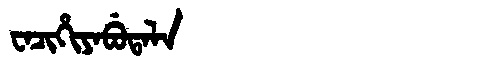
Manchu: ᠸᠠᠴᡳᡥᡳᠶᠠᠪᡠᡨᠠᠯᠠ
Romanization: WACIHIYABUTALA